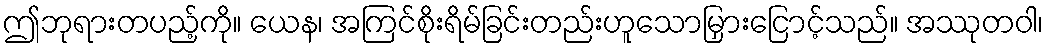
ဤဘုရားတပည့်ကို။ ယေန၊ အကြင်စိုးရိမ်ခြင်းတည်းဟူသောမြှားငြောင့်သည်။ အဿုတဝါ၊